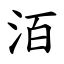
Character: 洦